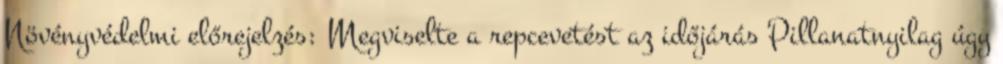
Növényvédelmi előrejelzés: Megviselte a repcevetést az időjárás Pillanatnyilag úgy